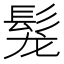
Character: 𩬤